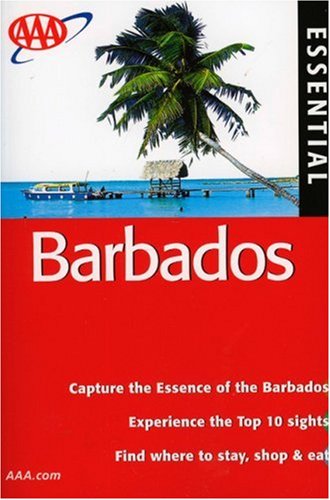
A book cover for AAA Essential Barbados (AAA Essential Guides: Barbados); Lee Karen Stow; Travel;